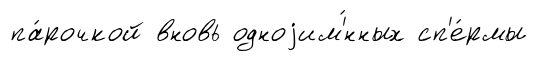
па́рочкой вновь одноjим'́нных сп'е́рмы